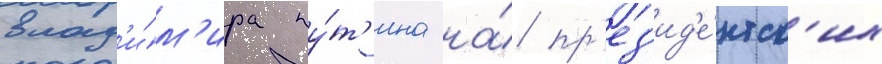
влад'и́м'ира пу́т'ина на́ пр'ез'ид'е́нтск'их